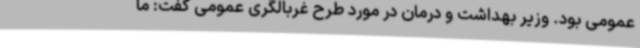
عمومی بود. وزیر بهداشت و درمان در مورد طرح غربالگری عمومی گفت: ما